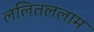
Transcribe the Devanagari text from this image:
ललितललाम